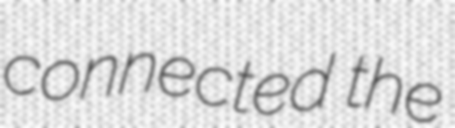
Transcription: connected the